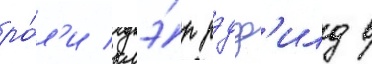
ро́л'и клэ́р рэдф'илд в